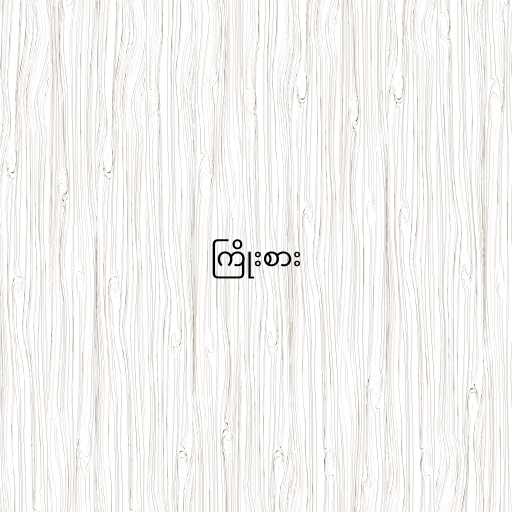
ကြိုးစား